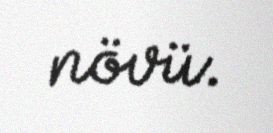
növü.